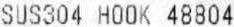
SUS304 HOOK 48804